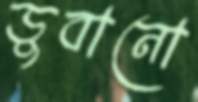
ডুবানো